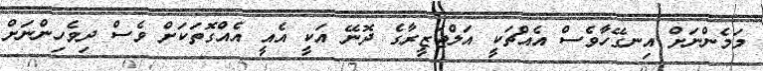
މަމެންނަށް އިނގޭހާވެސް އެއްޗަކީ އަލްޖަޒީރާގެ ދޮނޭ އަކީ އެއީ އެއްގޮތަކަށް ވެސް ދިވެހިންނަށް